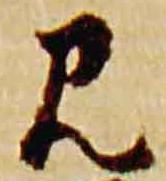
見